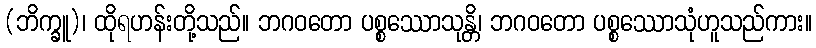
(ဘိက္ခူ)၊ ထိုရဟန်းတို့သည်။ ဘဂဝတော ပစ္စဿောသုန္တိ၊ ဘဂဝတော ပစ္စဿောသုံဟူသည်ကား။